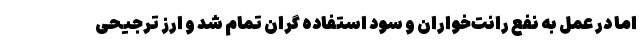
اما در عمل به نفع رانت‌خواران و سود استفاده گران تمام شد و ارز ترجیحی